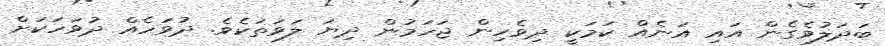
ބަދަލުވެގެން އައި އަނެއް ކަމަކީ ދިވެހިން ޖަހަމުން ދިޔަ ލަވަތަކެވެ. ދުވަހެއް ދުވަހަކަށް